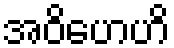
အဝိဟေဟိ